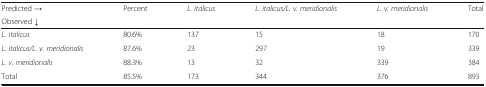
| Predicted → | <ROWSPAN=2> Percent | <ROWSPAN=2> L. italicus | <ROWSPAN=2> L. italicus/L. v. meridionalis | <ROWSPAN=2> L. v. meridionalis | <ROWSPAN=2> Total |
 | Observed ↓ |
 | --- | --- | --- | --- | --- | --- |
 | L. italicus | 80.6% | 137 | 15 | 18 | 170 |
 | L. italicus/L. v. meridionalis | 87.6% | 23 | 297 | 19 | 339 |
 | L. v. meridionalis | 88.3% | 13 | 32 | 339 | 384 |
 | Total | 85.5% | 173 | 344 | 376 | 893 |